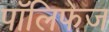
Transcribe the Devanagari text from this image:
पॉलिफेज